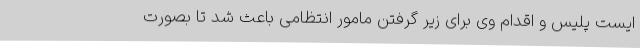
ایست پلیس و اقدام وی برای زیر گرفتن مامور انتظامی باعث شد تا بصورت